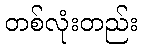
တစ်လုံးတည်း